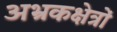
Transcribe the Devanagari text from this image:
अभ्रकक्षेत्रों